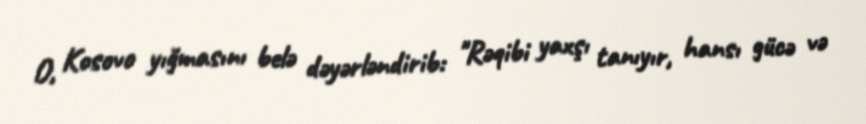
O, Kosovo yığmasını belə dəyərləndirib: "Rəqibi yaxşı tanıyır, hansı gücə və